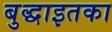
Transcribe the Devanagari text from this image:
बुद्धाइतका